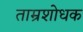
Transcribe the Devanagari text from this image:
ताम्रशोधक